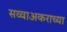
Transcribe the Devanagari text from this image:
सव्वाअकराच्या